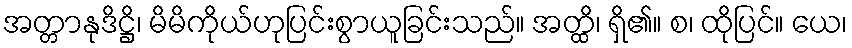
အတ္တာနုဒိဋ္ဌိ၊ မိမိကိုယ်ဟုပြင်းစွာယူခြင်းသည်။ အတ္ထိ၊ ရှိ၏။ စ၊ ထိုပြင်။ ယေ၊